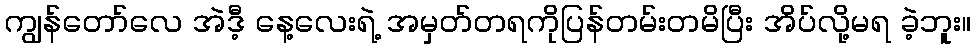
ကျွန်တော်လေ အဲဒီ့ နေ့လေးရဲ့ အမှတ်တရကိုပြန်တမ်းတမိပြီး အိပ်လို့မရ ခဲ့ဘူး။